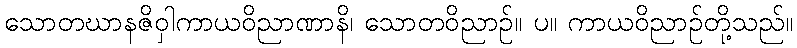
သောတဃာနဇိဝှါကာယဝိညာဏာနိ၊ သောတဝိညာဉ်။ ပ။ ကာယဝိညာဉ်တို့သည်။